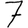
Digit: 7